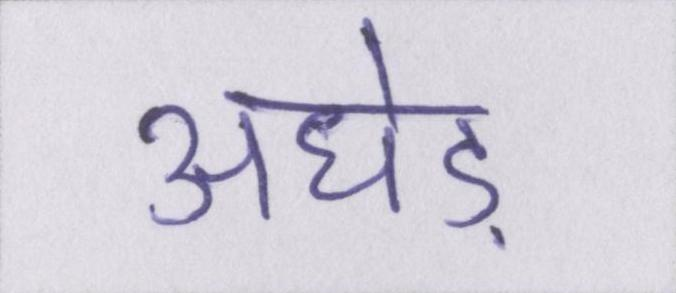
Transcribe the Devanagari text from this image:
अधेड़